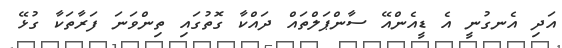
އަދި އެނގުނީ އެ ޑީއެންއޭ ސާންޕަލްތައް ދައްކާ ގޮތުގައި ތިންވަނަ ފަރާތަކާ ގުޅޭ